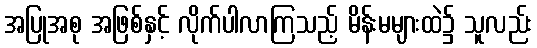
အပြုအစု အဖြစ်နှင့် လိုက်ပါလာကြသည့် မိန်းမများထဲ၌ သူလည်း